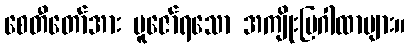
စေတီတော်အား ပူဇော်ရသော အကျိုးပြဂါထာများ။